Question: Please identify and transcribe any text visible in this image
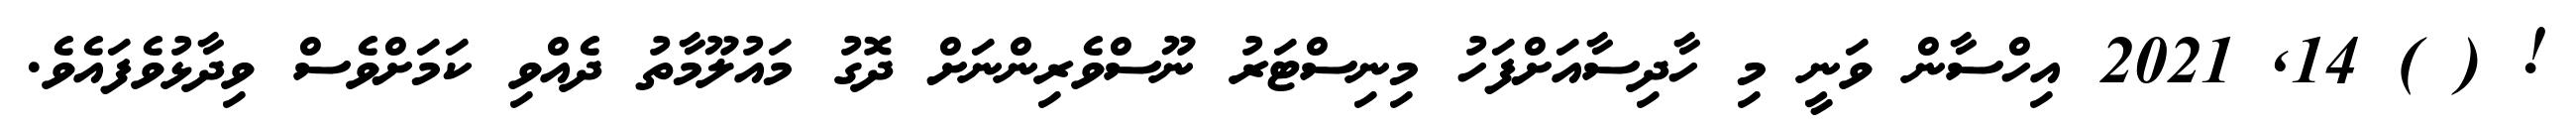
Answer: ! ( ) 14, 2021 އިހްސާން ވަނީ މި ހާދިސާއަށްފަހު މިނިސްޓަރު ނޫސްވެރިންނަށް ދޮގު މައުލޫމާތު ދެއްވި ކަމަށްވެސް ވިދާޅުވެފައެވެ.